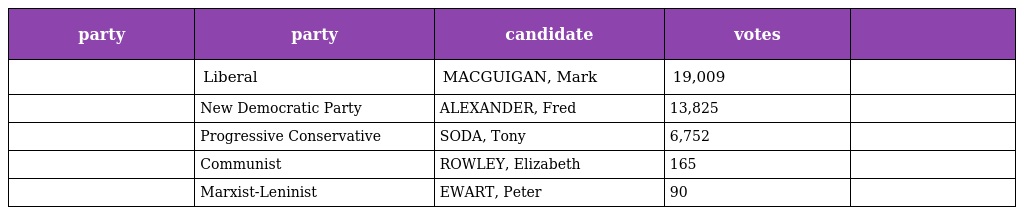
| party | party | candidate | votes |  |
 | --- | --- | --- | --- | --- |
 |  | Liberal | MACGUIGAN, Mark | 19,009 |  |
 |  | New Democratic Party | ALEXANDER, Fred | 13,825 |  |
 |  | Progressive Conservative | SODA, Tony | 6,752 |  |
 |  | Communist | ROWLEY, Elizabeth | 165 |  |
 |  | Marxist-Leninist | EWART, Peter | 90 |  |